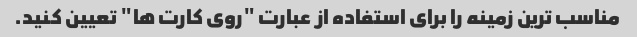
مناسب ترین زمینه را برای استفاده از عبارت "روی کارت ها" تعیین کنید.